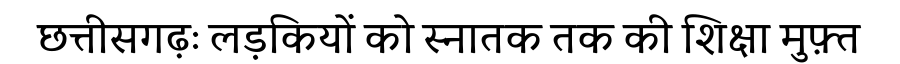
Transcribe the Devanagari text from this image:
छत्तीसगढ़ः लड़कियों को स्नातक तक की शिक्षा मुफ़्त